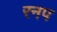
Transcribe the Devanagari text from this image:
रनप